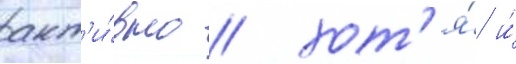
акт'и́вно / хот'я́ и́